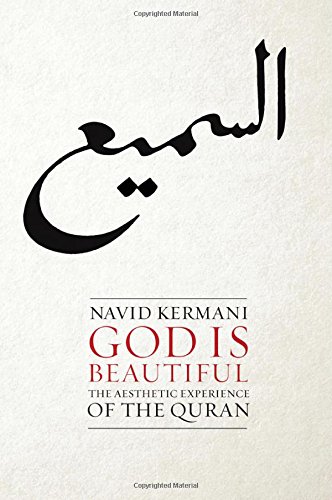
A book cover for God is Beautiful: The Aesthetic Experience of the Quran; Navid Kermani; Religion & Spirituality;